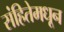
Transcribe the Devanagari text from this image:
संहितेमधून